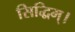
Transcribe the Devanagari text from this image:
सिद्धिम्।